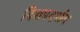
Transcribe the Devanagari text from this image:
दिशप्रदर्शन